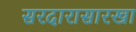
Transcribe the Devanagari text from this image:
सरदारासारखा